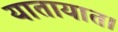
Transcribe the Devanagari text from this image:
यातायात।